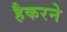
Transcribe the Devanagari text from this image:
हैकरने